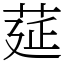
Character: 莚